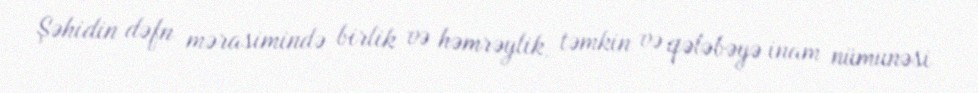
Şəhidin dəfn mərasimində birlik və həmrəylik, təmkin və qələbəyə inam nümunəsi